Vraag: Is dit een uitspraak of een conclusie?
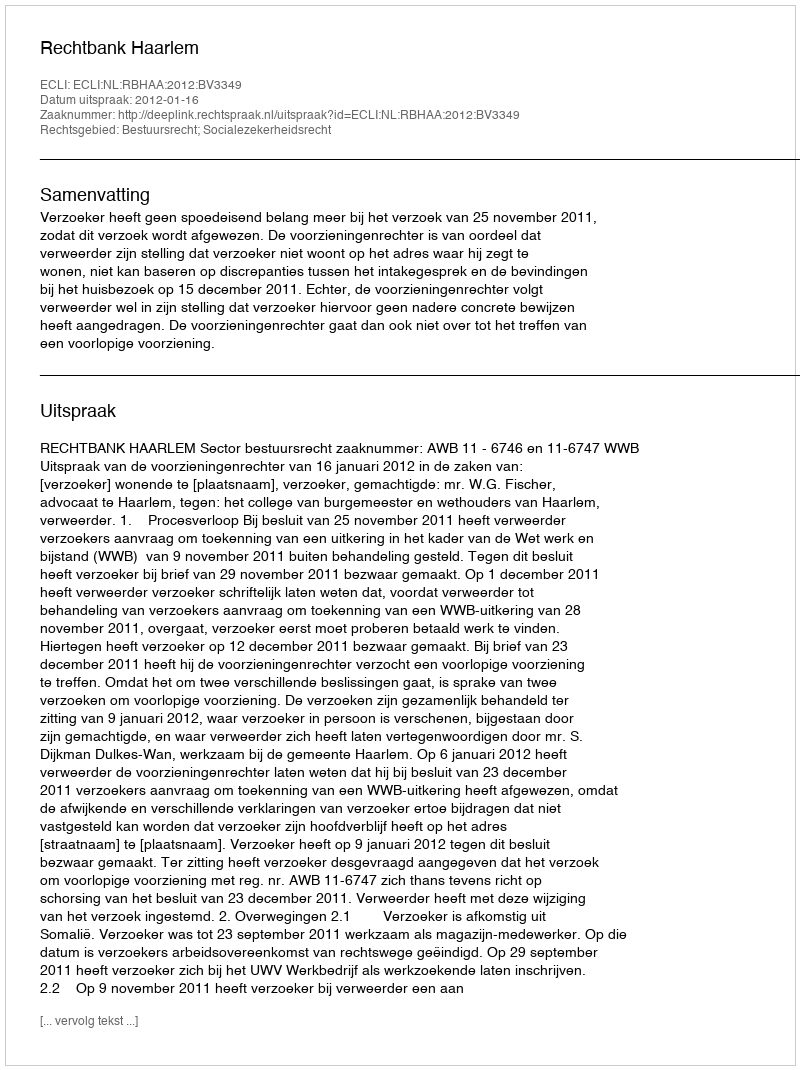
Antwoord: Uitspraak